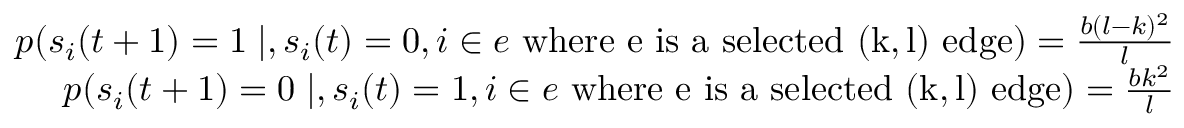
\begin{array} { r } { p ( s _ { i } ( t + 1 ) = 1 \mid , s _ { i } ( t ) = 0 , i \in e \mathrm { ~ w h e r e ~ e ~ i s ~ a ~ s e l e c t e d ~ ( k , l ) ~ e d g e } ) = \frac { b ( l - k ) ^ { 2 } } { l } } \\ { p ( s _ { i } ( t + 1 ) = 0 \mid , s _ { i } ( t ) = 1 , i \in e \mathrm { ~ w h e r e ~ e ~ i s ~ a ~ s e l e c t e d ~ ( k , l ) ~ e d g e } ) = \frac { b k ^ { 2 } } { l } } \end{array}